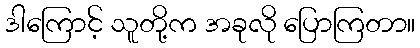
ဒါကြောင့် သူတို့က အခုလို ပြောကြတာ။